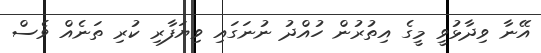
އޭނާ ވިދާޅުވީ މީގެ އިތުރުން ހުއްދު ނުނަގައި ވިޔަފާރި ކުރި ތަނެއް ވެސް